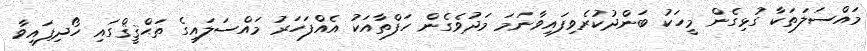
މައްސަލަތަކާ ގުޅިގެން މީހަކު ބަންދުކުރެވިފައިވާނަމަ މަދުވެގެން ހަފްތާއަކު އެއްފަހަރު މައްސަލައިގެ ތަޙްޤީޤްގައި ހޯދިފައިވާ